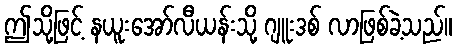
ဤသို့ဖြင့် နယူးအော်လီယန်းသို့ ဂျူးဒစ် လာဖြစ်ခဲ့သည်။